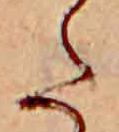
た